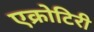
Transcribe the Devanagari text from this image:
एक्रोटिरी